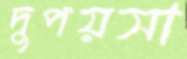
দুপয়সা